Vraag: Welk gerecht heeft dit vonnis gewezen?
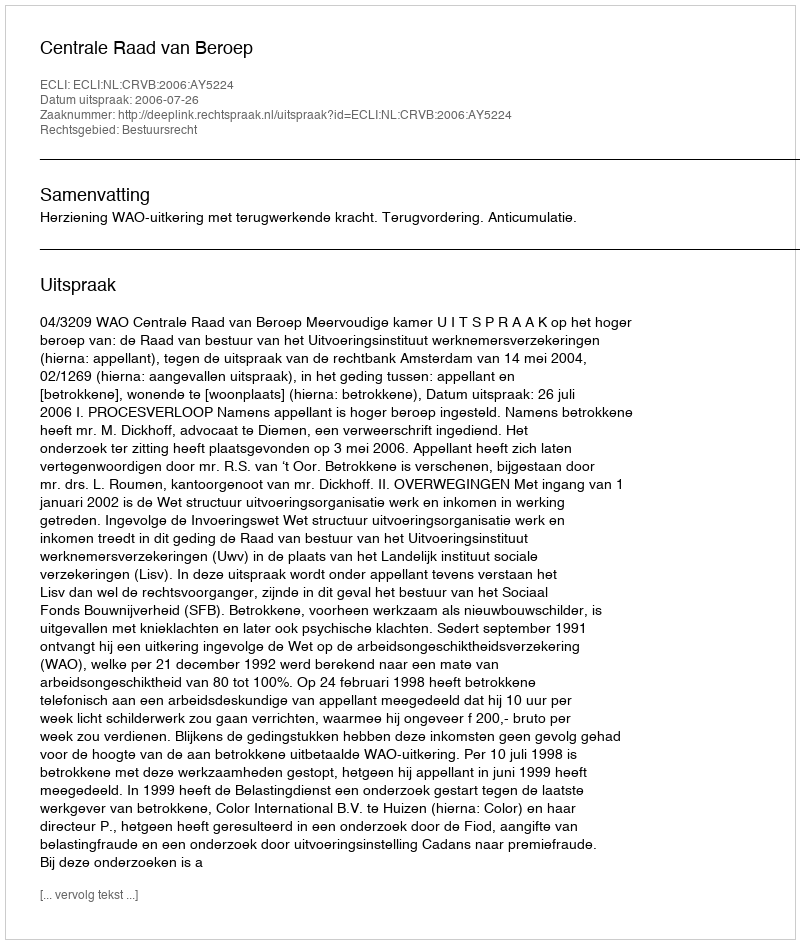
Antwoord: Centrale Raad van Beroep